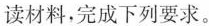
读材料，完成下列要求。